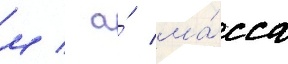
м / а́ ма́сса